Indian journal of veterinary science and animal husbandry - Volume 1,
Year: 1931
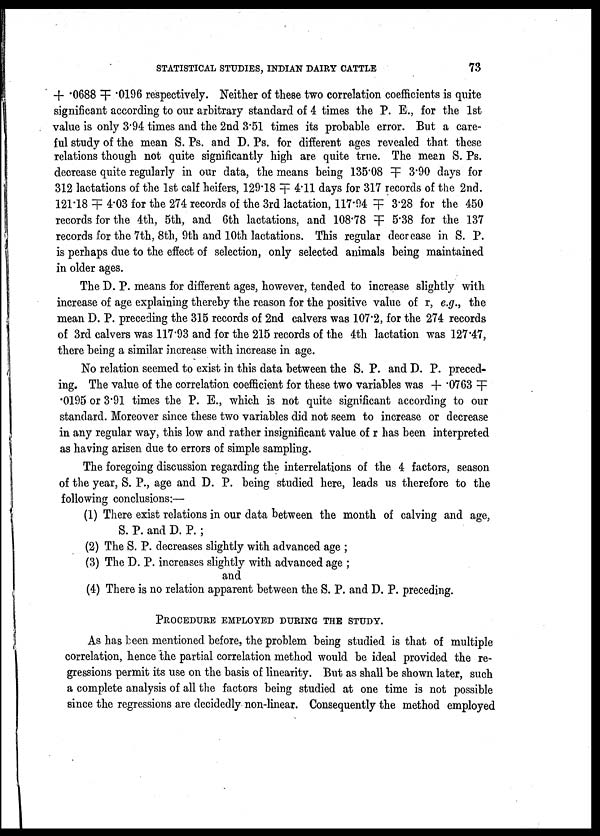
STATISTICAL STUDIES, INDIAN DAIRY CATTLE
73
+ .0688 ╤ .0196 respectively. Neither of these two correlation coefficients is quite
significant according to our arbitrary standard of 4 times the P. E., for the 1st
value is only 3.94 times and the 2nd 3.51 times its probable error. But a care
ful study of the mean S. Ps. and D. Ps. for different ages revealed that these
relations though not quite significantly high are quite true. The mean S. Ps.
decrease quite regularly in our data, the means being 135.08 ╤ 3.90 days for
312 lactations of the 1st calf heifers, 129.18 ╤ 4.11 days for 317 records of the 2nd.
121.18 ╤ 4.03 for the 274 records of the 3rd lactation, 117.94 ╤ 3.28 for the 450
records for the 4th, 5th, and 6th lactations, and 108.78 ╤ 5.38 for the 137
records for the 7th, 8th, 9th and 10th lactations. This regular decrease in S. P.
is perhaps due to the effect of selection, only selected animals being maintained
in older ages.
The D. P. means for different ages, however, tended to increase slightly with
increase of age explaining thereby the reason for the positive value of r, e.g., the
mean D. P. preceding the 315 records of 2nd calvers was 107.2, for the 274 records
of 3rd calvers was 117.93 and for the 215 records of the 4th lactation was 127.47,
there being a similar increase with increase in age.
No relation seemed to exist in this data between the S. P. and D. P. preced
ing. The value of the correlation coefficient for these two variables was + .0763 ╤
.0195 or 3.91 times the P. E., which is not quite significant according to our
standard. Moreover since these two variables did not seem to increase or decrease
in any regular way, this low and rather insignificant value of r has been interpreted
as having arisen due to errors of simple sampling.
The foregoing discussion regarding the interrelations of the 4 factors, season
of the year, S. P., age and D. P. being studied here, leads us therefore to the
following conclusions :—
(1) There exist relations in our data between the month of calving and age,
S. P. and D. P.;
(2) The S. P. decreases slightly with advanced age ;
(3) The D. P. increases slightly with advanced age ;
and
(4) There is no relation apparent between the S. P. and D. P. preceding.
PROCEDURE EMPLOYED DURING THE STUDY.
As has been mentioned before, the problem being studied is that of multiple
correlation, hence the partial correlation method would be ideal provided the re
gressions permit its use on the basis of linearity. But as shall be shown later, such
a complete analysis of all the factors being studied at one time is not possible
since the regressions are decidedly non-linear. Consequently the method employed